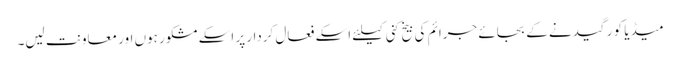
میڈیا کو رگیدنے کے بجائے جرائم کی بیخ کنی کیلئے اسکے فعال کردار پر اسکے مشکور ہوں اور معاونت لیں۔